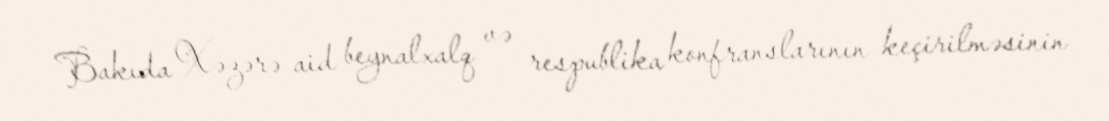
Bakıda Xəzərə aid beynalxalq və respublika konfranslarının keçirilməsinin